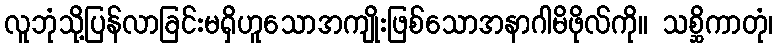
လူဘုံသို့ပြန်လာခြင်းမရှိဟူသောအကျိုးဖြစ်သောအနာဂါမိဖိုလ်ကို။ သစ္ဆိကာတုံ၊